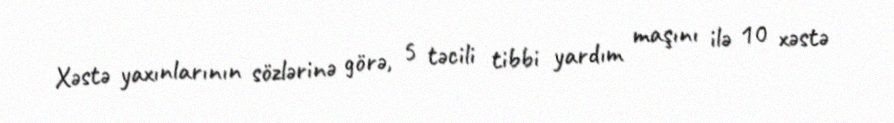
Xəstə yaxınlarının sözlərinə görə, 5 təcili tibbi yardım maşını ilə 10 xəstə